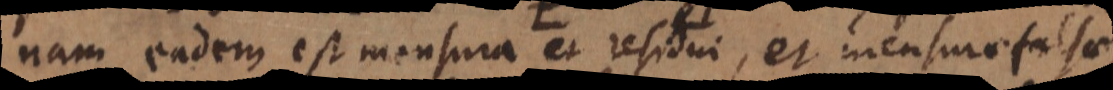
nam eadem est mensura et residui, et mensurae falsae,